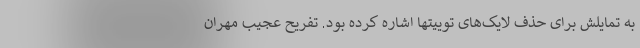
به تمایلش برای حذف لایک‌های توییتها اشاره کرده بود. تفریح عجیب مهران